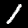
Label: 1